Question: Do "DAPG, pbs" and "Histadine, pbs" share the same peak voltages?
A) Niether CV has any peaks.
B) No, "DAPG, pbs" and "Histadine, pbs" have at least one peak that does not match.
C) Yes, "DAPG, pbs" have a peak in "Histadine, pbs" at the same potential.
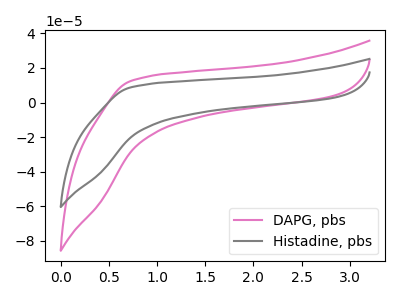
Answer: <think>The pink curve "DAPG, pbs" has no peaks. The gray curve "Histadine, pbs" has no peaks.</think>
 <answer>A) Niether CV has any peaks.</answer>
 <eval>A</eval>